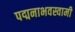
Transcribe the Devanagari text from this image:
पद्मनाभवस्वामी